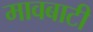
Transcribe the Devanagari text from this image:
मावबाटी